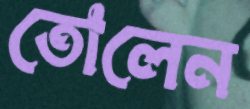
তোলেন